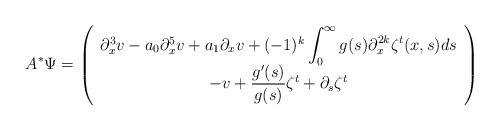
LaTeX: \begin{align*}A^*\Psi=\left(\begin{array}{c}\partial_x^3 v-a_0\partial_x^5 v+a_1\partial_x v+ (-1)^k \displaystyle \int_0^\infty g(s)\partial_{x}^{2k}\zeta^t(x,s)ds\\ -v+\dfrac{g'(s)}{g(s)}\zeta^t+\partial_s\zeta^t\end{array}\right)\end{align*}